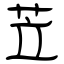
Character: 苙